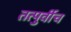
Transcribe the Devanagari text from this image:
तत्पुर्वीच